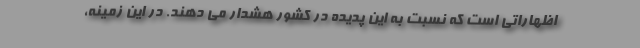
اظهاراتی است که نسبت به این پدیده در کشور هشدار می دهند. در این زمینه،